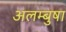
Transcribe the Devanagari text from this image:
अलम्बुषा